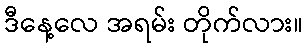
ဒီနေ့လေ အရမ်း တိုက်လား။